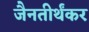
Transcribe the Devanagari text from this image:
जैनतीर्थंकर